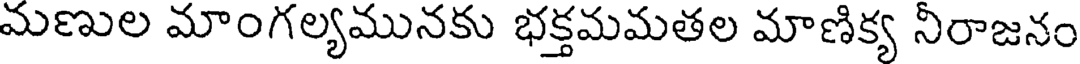
మణుల మాంగల్యమునకు భక్తమమతల మాణిక్య నీరాజనం